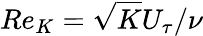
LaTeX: Re_{K}=\sqrt{K}U_{\tau}/\nu